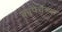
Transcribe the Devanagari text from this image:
कांपेचेच्या